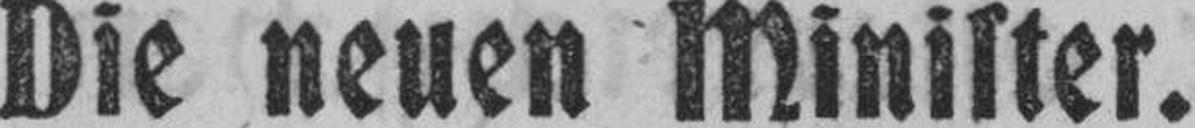
Die neuen Minister.